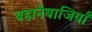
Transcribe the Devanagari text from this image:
बहानेबाजियाँ